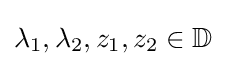
\lambda _{1},\lambda _{2},z_{1},z_{2}\in \mathbb {D}